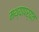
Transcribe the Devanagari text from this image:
मथ्यापर्यंत